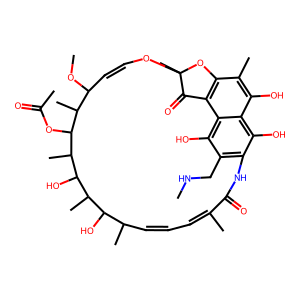
SMILES: CNCc1c2c(O)c3c(O)c(C)c4c(c3c1O)C(=O)C(C)(OC=CC(OC)C(C)C(OC(C)=O)C(C)C(O)C(C)C(O)C(C)C=CC=C(C)C(=O)N2)O4
Inhibits HIV replication: No